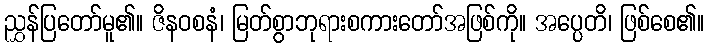
ညွှန်ပြတော်မူ၏။ ဇိနဝစနံ၊ မြတ်စွာဘုရားစကားတော်အဖြစ်ကို။ အပ္ပေတိ၊ ဖြစ်စေ၏။